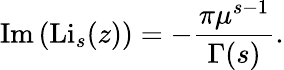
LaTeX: \operatorname{Im}\left(\operatorname{Li}_{s}(z)\right)=-{\frac{\pi\mu^{s-1}}{\Gamma(s)}}.